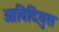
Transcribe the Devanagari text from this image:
ओविदियुस